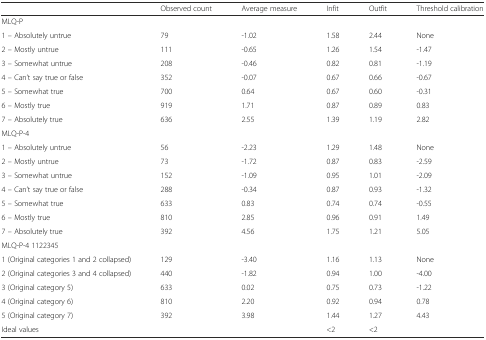
<table><thead><tr><td></td><td><b>Observed count</b></td><td><b>Average measure</b></td><td><b>Infit</b></td><td><b>Outfit</b></td><td><b>Threshold calibration</b></td></tr></thead><tbody><tr><td colspan="6">MLQ-P</td></tr><tr><td>1 – Absolutely untrue</td><td>79</td><td>-1.02</td><td>1.58</td><td>2.44</td><td>None</td></tr><tr><td>2 – Mostly untrue</td><td>111</td><td>-0.65</td><td>1.26</td><td>1.54</td><td>-1.47</td></tr><tr><td>3 – Somewhat untrue</td><td>208</td><td>-0.46</td><td>0.82</td><td>0.81</td><td>-1.19</td></tr><tr><td>4 – Can’t say true or false</td><td>352</td><td>-0.07</td><td>0.67</td><td>0.66</td><td>-0.67</td></tr><tr><td>5 – Somewhat true</td><td>700</td><td>0.64</td><td>0.67</td><td>0.60</td><td>-0.31</td></tr><tr><td>6 – Mostly true</td><td>919</td><td>1.71</td><td>0.87</td><td>0.89</td><td>0.83</td></tr><tr><td>7 – Absolutely true</td><td>636</td><td>2.55</td><td>1.39</td><td>1.19</td><td>2.82</td></tr><tr><td colspan="6">MLQ-P-4</td></tr><tr><td>1 – Absolutely untrue</td><td>56</td><td>-2.23</td><td>1.29</td><td>1.48</td><td>None</td></tr><tr><td>2 – Mostly untrue</td><td>73</td><td>-1.72</td><td>0.87</td><td>0.83</td><td>-2.59</td></tr><tr><td>3 – Somewhat untrue</td><td>152</td><td>-1.09</td><td>0.95</td><td>1.01</td><td>-2.09</td></tr><tr><td>4 – Can’t say true or false</td><td>288</td><td>-0.34</td><td>0.87</td><td>0.93</td><td>-1.32</td></tr><tr><td>5 – Somewhat true</td><td>633</td><td>0.83</td><td>0.74</td><td>0.74</td><td>-0.55</td></tr><tr><td>6 – Mostly true</td><td>810</td><td>2.85</td><td>0.96</td><td>0.91</td><td>1.49</td></tr><tr><td>7 – Absolutely true</td><td>392</td><td>4.56</td><td>1.75</td><td>1.21</td><td>5.05</td></tr><tr><td colspan="6">MLQ-P-4 1122345</td></tr><tr><td>1 (Original categories 1 and 2 collapsed)</td><td>129</td><td>-3.40</td><td>1.16</td><td>1.13</td><td>None</td></tr><tr><td>2 (Original categories 3 and 4 collapsed)</td><td>440</td><td>-1.82</td><td>0.94</td><td>1.00</td><td>-4.00</td></tr><tr><td>3 (Original category 5)</td><td>633</td><td>0.02</td><td>0.75</td><td>0.73</td><td>-1.22</td></tr><tr><td>4 (Original category 6)</td><td>810</td><td>2.20</td><td>0.92</td><td>0.94</td><td>0.78</td></tr><tr><td>5 (Original category 7)</td><td>392</td><td>3.98</td><td>1.44</td><td>1.27</td><td>4.43</td></tr><tr><td>Ideal values</td><td></td><td></td><td>&lt;2</td><td>&lt;2</td><td></td></tr></tbody></table>